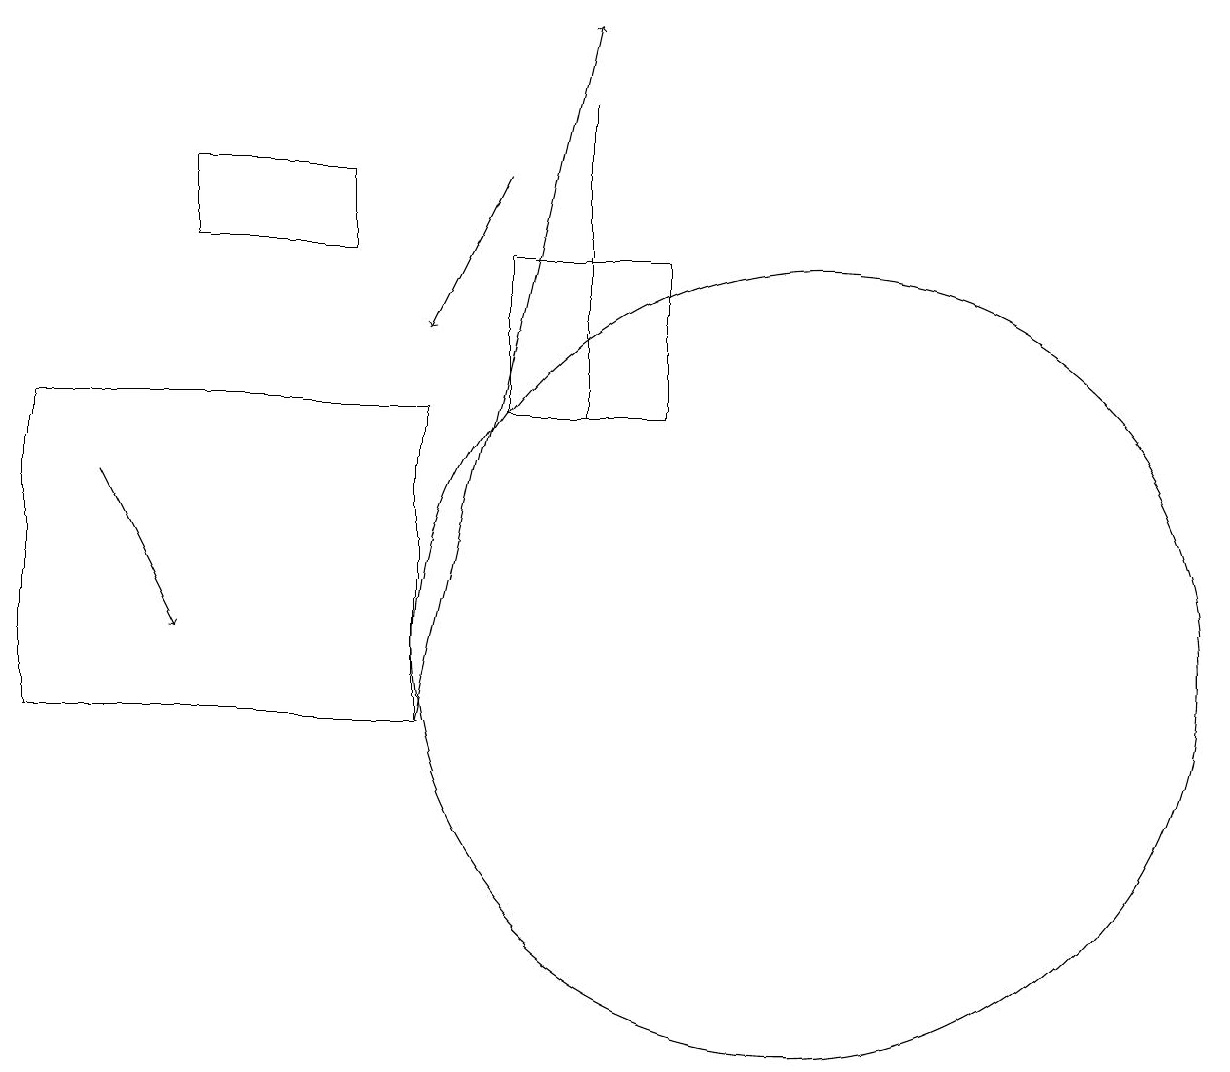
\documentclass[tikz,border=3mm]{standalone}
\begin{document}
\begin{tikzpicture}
\draw (7,18) rectangle (7,14);
\draw[->] (1,13) -- (2,11);
\draw (4,16) rectangle (2,17);
\draw (6,16) rectangle (8,14);
\draw[->] (5,10) -- (7,19);
\draw (10,11) circle (5);
\draw[->] (6,17) -- (5,15);
\draw (0,10) rectangle (5,14);
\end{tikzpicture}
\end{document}